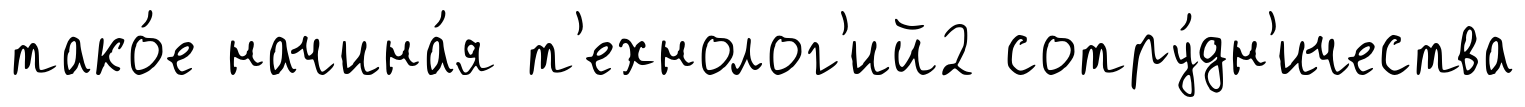
тако́е начина́я т'ехнолог'ий2 сотру́дн'ичества